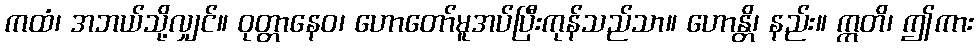
ကထံ၊ အဘယ်သို့လျှင်။ ဝုတ္တာနေဝ၊ ဟောတော်မူအပ်ပြီးကုန်သည်သာ။ ဟောန္တိ၊ နည်း။ ဣတိ၊ ဤကား